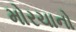
મોરચાનો